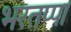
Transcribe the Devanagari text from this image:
भरतप्पा